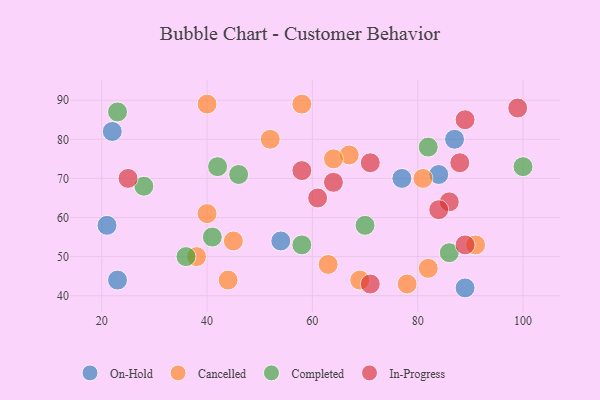
{"axis": {"x": "GDP", "y": "Life Expectancy"}, "legend": ["Cancelled", "Completed", "In-Progress", "On-Hold"], "data": [{"x": "89", "y": 42, "type": "On-Hold"}, {"x": "23", "y": 44, "type": "On-Hold"}, {"x": "84", "y": 71, "type": "On-Hold"}, {"x": "22", "y": 82, "type": "On-Hold"}, {"x": "54", "y": 54, "type": "On-Hold"}, {"x": "21", "y": 58, "type": "On-Hold"}, {"x": "77", "y": 70, "type": "On-Hold"}, {"x": "87", "y": 80, "type": "On-Hold"}, {"x": "44", "y": 44, "type": "Cancelled"}, {"x": "67", "y": 76, "type": "Cancelled"}, {"x": "82", "y": 47, "type": "Cancelled"}, {"x": "45", "y": 54, "type": "Cancelled"}, {"x": "52", "y": 80, "type": "Cancelled"}, {"x": "81", "y": 70, "type": "Cancelled"}, {"x": "64", "y": 75, "type": "Cancelled"}, {"x": "40", "y": 61, "type": "Cancelled"}, {"x": "40", "y": 89, "type": "Cancelled"}, {"x": "78", "y": 43, "type": "Cancelled"}, {"x": "58", "y": 89, "type": "Cancelled"}, {"x": "63", "y": 48, "type": "Cancelled"}, {"x": "91", "y": 53, "type": "Cancelled"}, {"x": "38", "y": 50, "type": "Cancelled"}, {"x": "69", "y": 44, "type": "Cancelled"}, {"x": "100", "y": 73, "type": "Completed"}, {"x": "46", "y": 71, "type": "Completed"}, {"x": "58", "y": 53, "type": "Completed"}, {"x": "23", "y": 87, "type": "Completed"}, {"x": "70", "y": 58, "type": "Completed"}, {"x": "86", "y": 51, "type": "Completed"}, {"x": "28", "y": 68, "type": "Completed"}, {"x": "42", "y": 73, "type": "Completed"}, {"x": "82", "y": 78, "type": "Completed"}, {"x": "41", "y": 55, "type": "Completed"}, {"x": "36", "y": 50, "type": "Completed"}, {"x": "71", "y": 74, "type": "In-Progress"}, {"x": "86", "y": 64, "type": "In-Progress"}, {"x": "88", "y": 74, "type": "In-Progress"}, {"x": "89", "y": 53, "type": "In-Progress"}, {"x": "58", "y": 72, "type": "In-Progress"}, {"x": "25", "y": 70, "type": "In-Progress"}, {"x": "71", "y": 43, "type": "In-Progress"}, {"x": "89", "y": 85, "type": "In-Progress"}, {"x": "61", "y": 65, "type": "In-Progress"}, {"x": "99", "y": 88, "type": "In-Progress"}, {"x": "84", "y": 62, "type": "In-Progress"}, {"x": "64", "y": 69, "type": "In-Progress"}]}